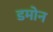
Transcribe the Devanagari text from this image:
डमोन